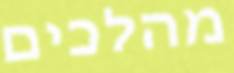
מהלכים